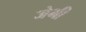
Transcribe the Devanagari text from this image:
जेभी